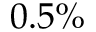
0 . 5 \%